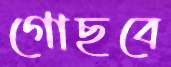
গোছবে